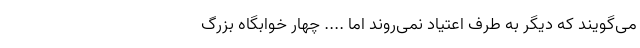
می‌گویند که دیگر به طرف اعتیاد نمی‌روند اما .... چهار خوابگاه بزرگ